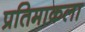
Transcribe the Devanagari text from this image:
प्रतिमाकला